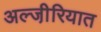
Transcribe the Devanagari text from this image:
अल्जी़रियात